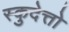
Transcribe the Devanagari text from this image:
स्कुदेत्तो